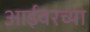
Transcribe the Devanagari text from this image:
आईवरच्या